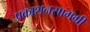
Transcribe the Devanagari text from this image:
प्रकाशनसामग्री